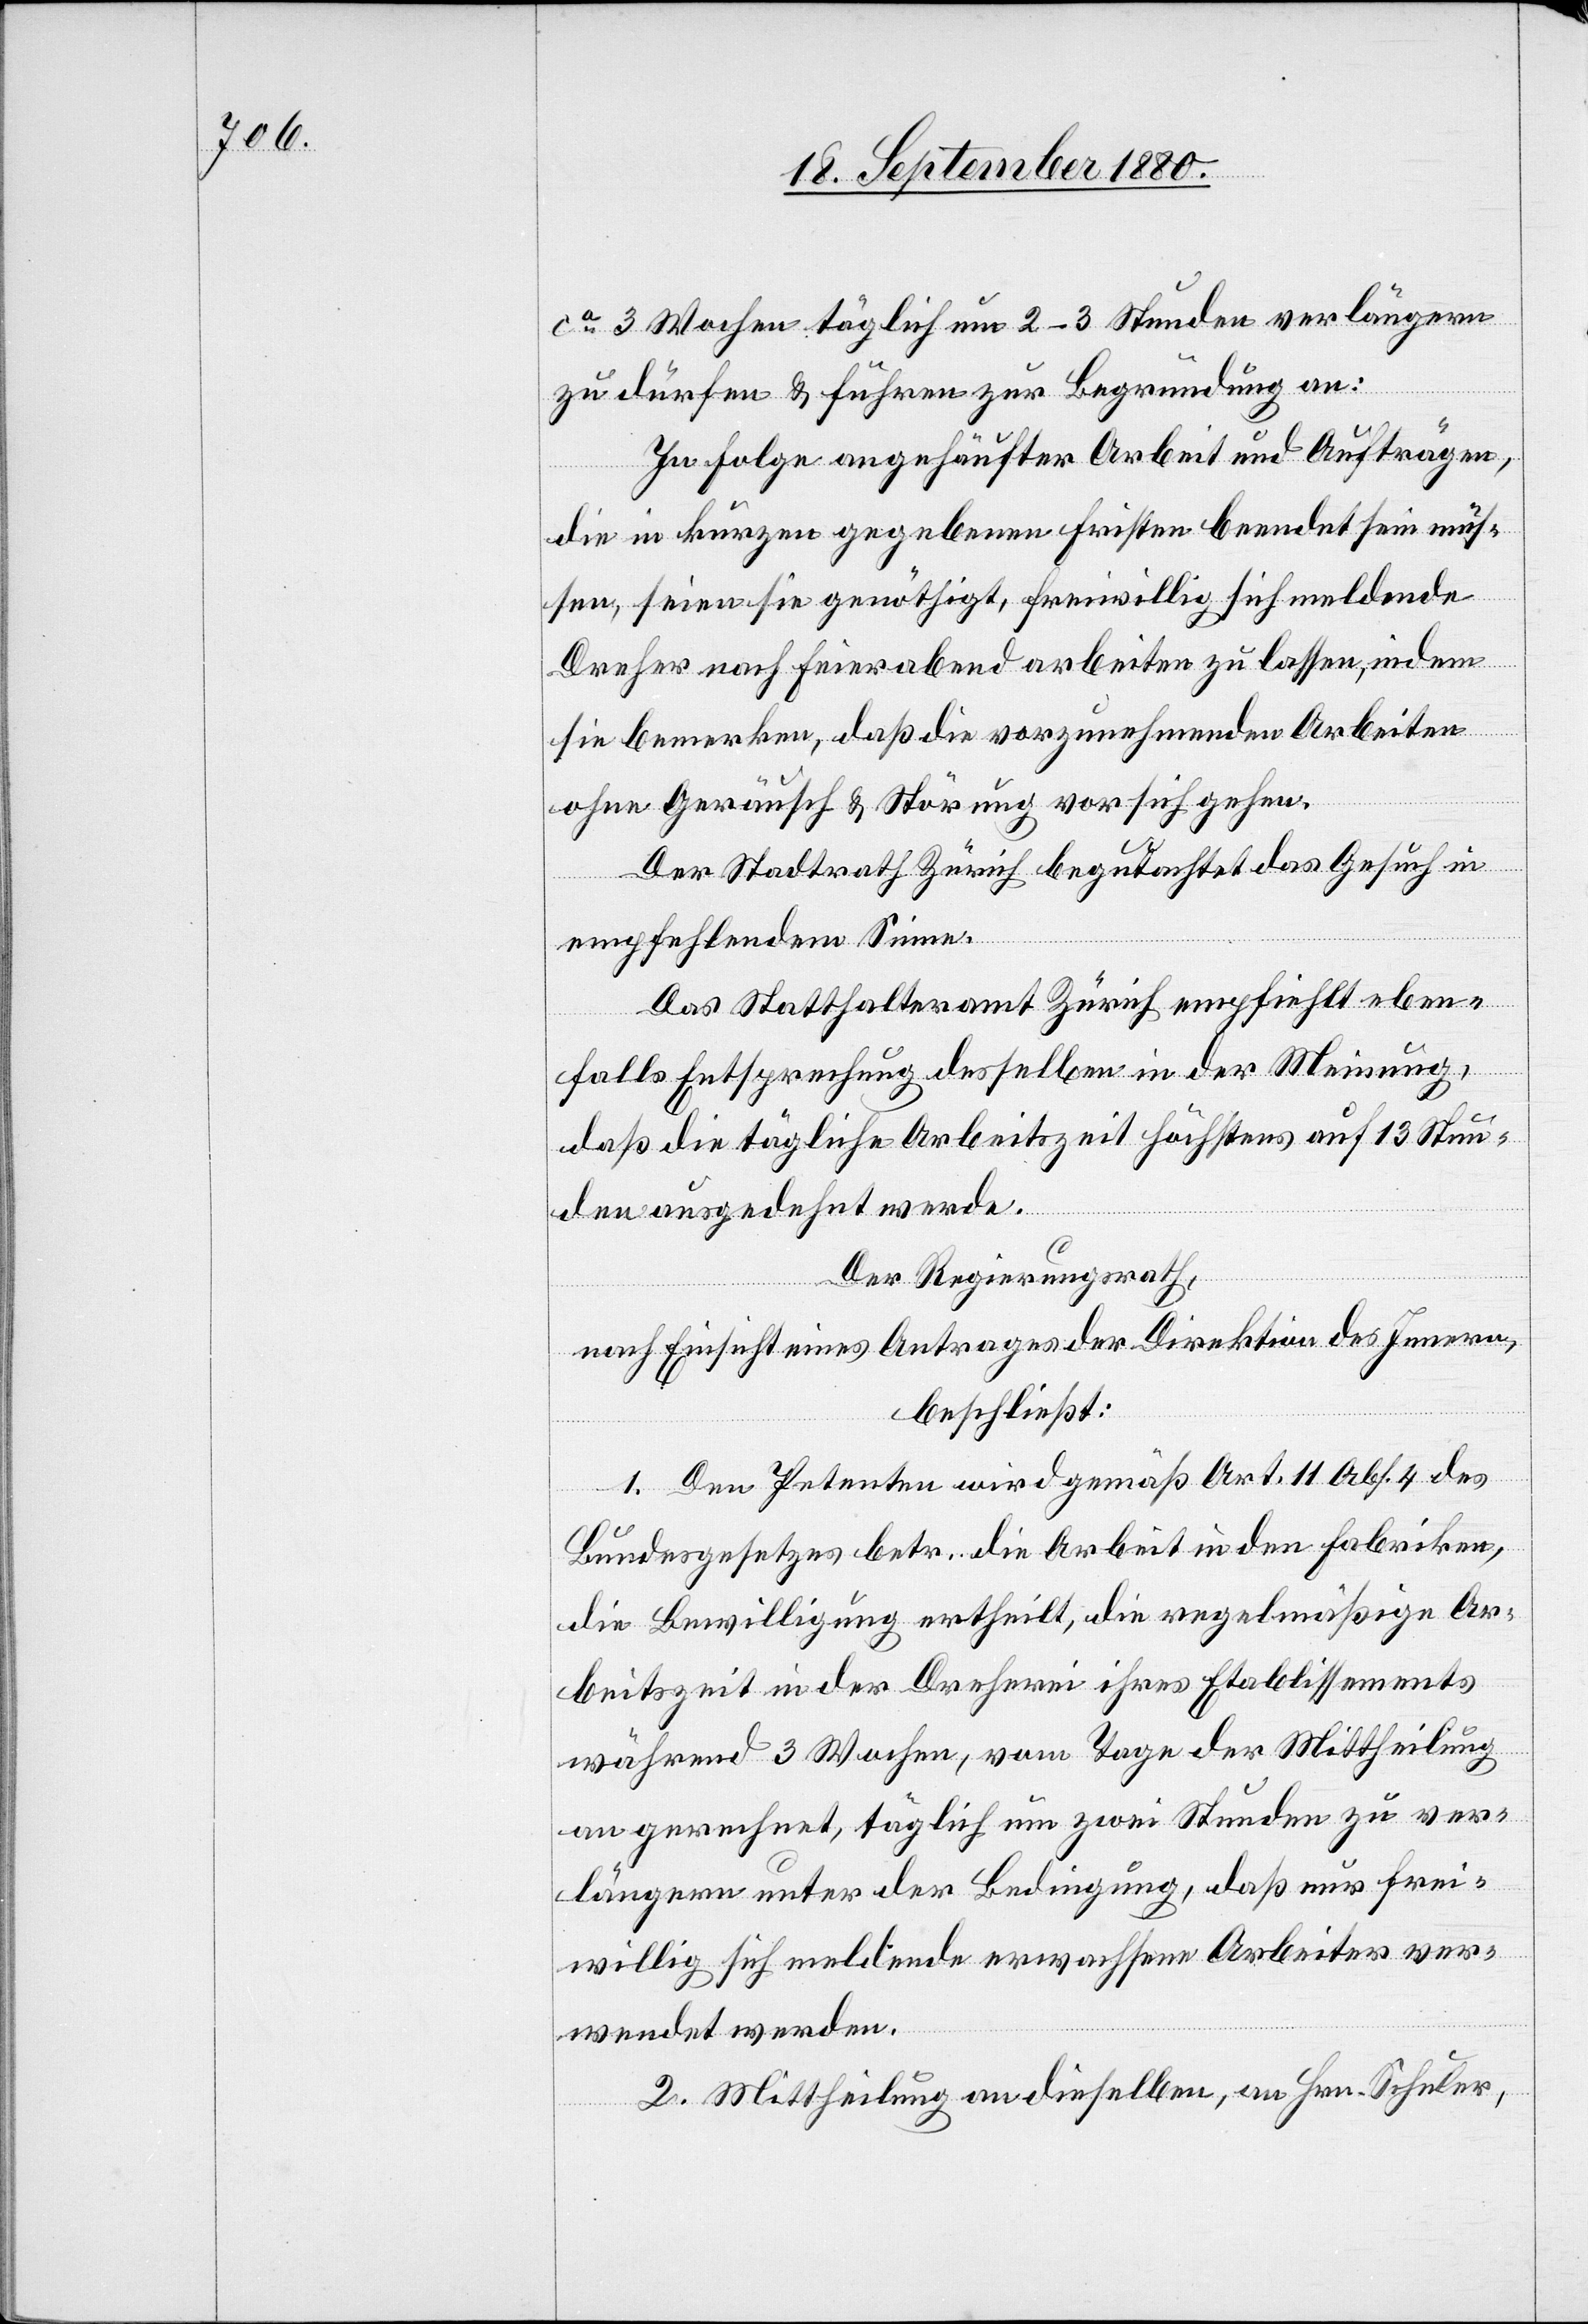
ca 3 Wochen täglich um 2–3 Stunden verlängern
zu dürfen & führen zu Begründung an:
In Folge angehäufter Arbeit und Aufträgen,
die in kurzen gegebenen Fristen beendet sein müs¬
sen, seien sie genöthigt, freiwillig sich meldende
Dreher nach Feierabend arbeiten zu lassen, indem
sie bemerken, daß die vorzunehmenden Arbeiten
ohne Geräusch & Störung vor sich gehen.
Das Statthalteramt Zürich empfiehlt eben¬
falls Entsprechung desselben in der Meinung,
daß die tägliche Arbeitszeit höchstens auf 13 Stun¬
den ausgedehnt werde.
Der Regierungsrath,
nach Einsicht eines Antrages der Direktion des Innern,
beschließt:
1. Den Petenten wird gemäß Art. 11 Abs. 4 des
Bundesgesetzes betr. die Arbeit in den Fabriken,
die Bewilligung ertheilt, die regelmäßige Ar¬
beitszeit in der Dreherei ihres Etablissements
während 3 Wochen, vom Tage der Mittheilung
an gerechnet, täglich um zwei Stunden zu ver¬
längern unter der Bedingung, daß nur frei¬
willig sich meldende erwachsene Arbeiter ver¬
wendet werden.
2. Mittheilung an dieselben, an Hrn. Schuler,